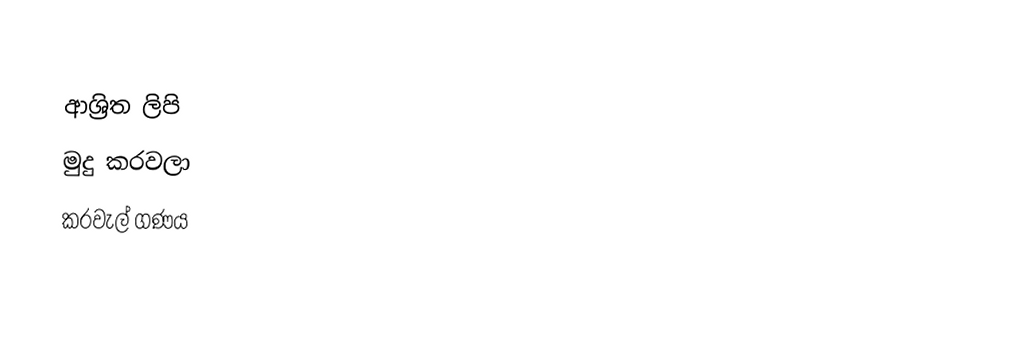

ආශ්‍රිත ලිපි
 මුදු කරවලා
කරවැල් ගණය